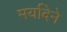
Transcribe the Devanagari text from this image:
मर्यादेने